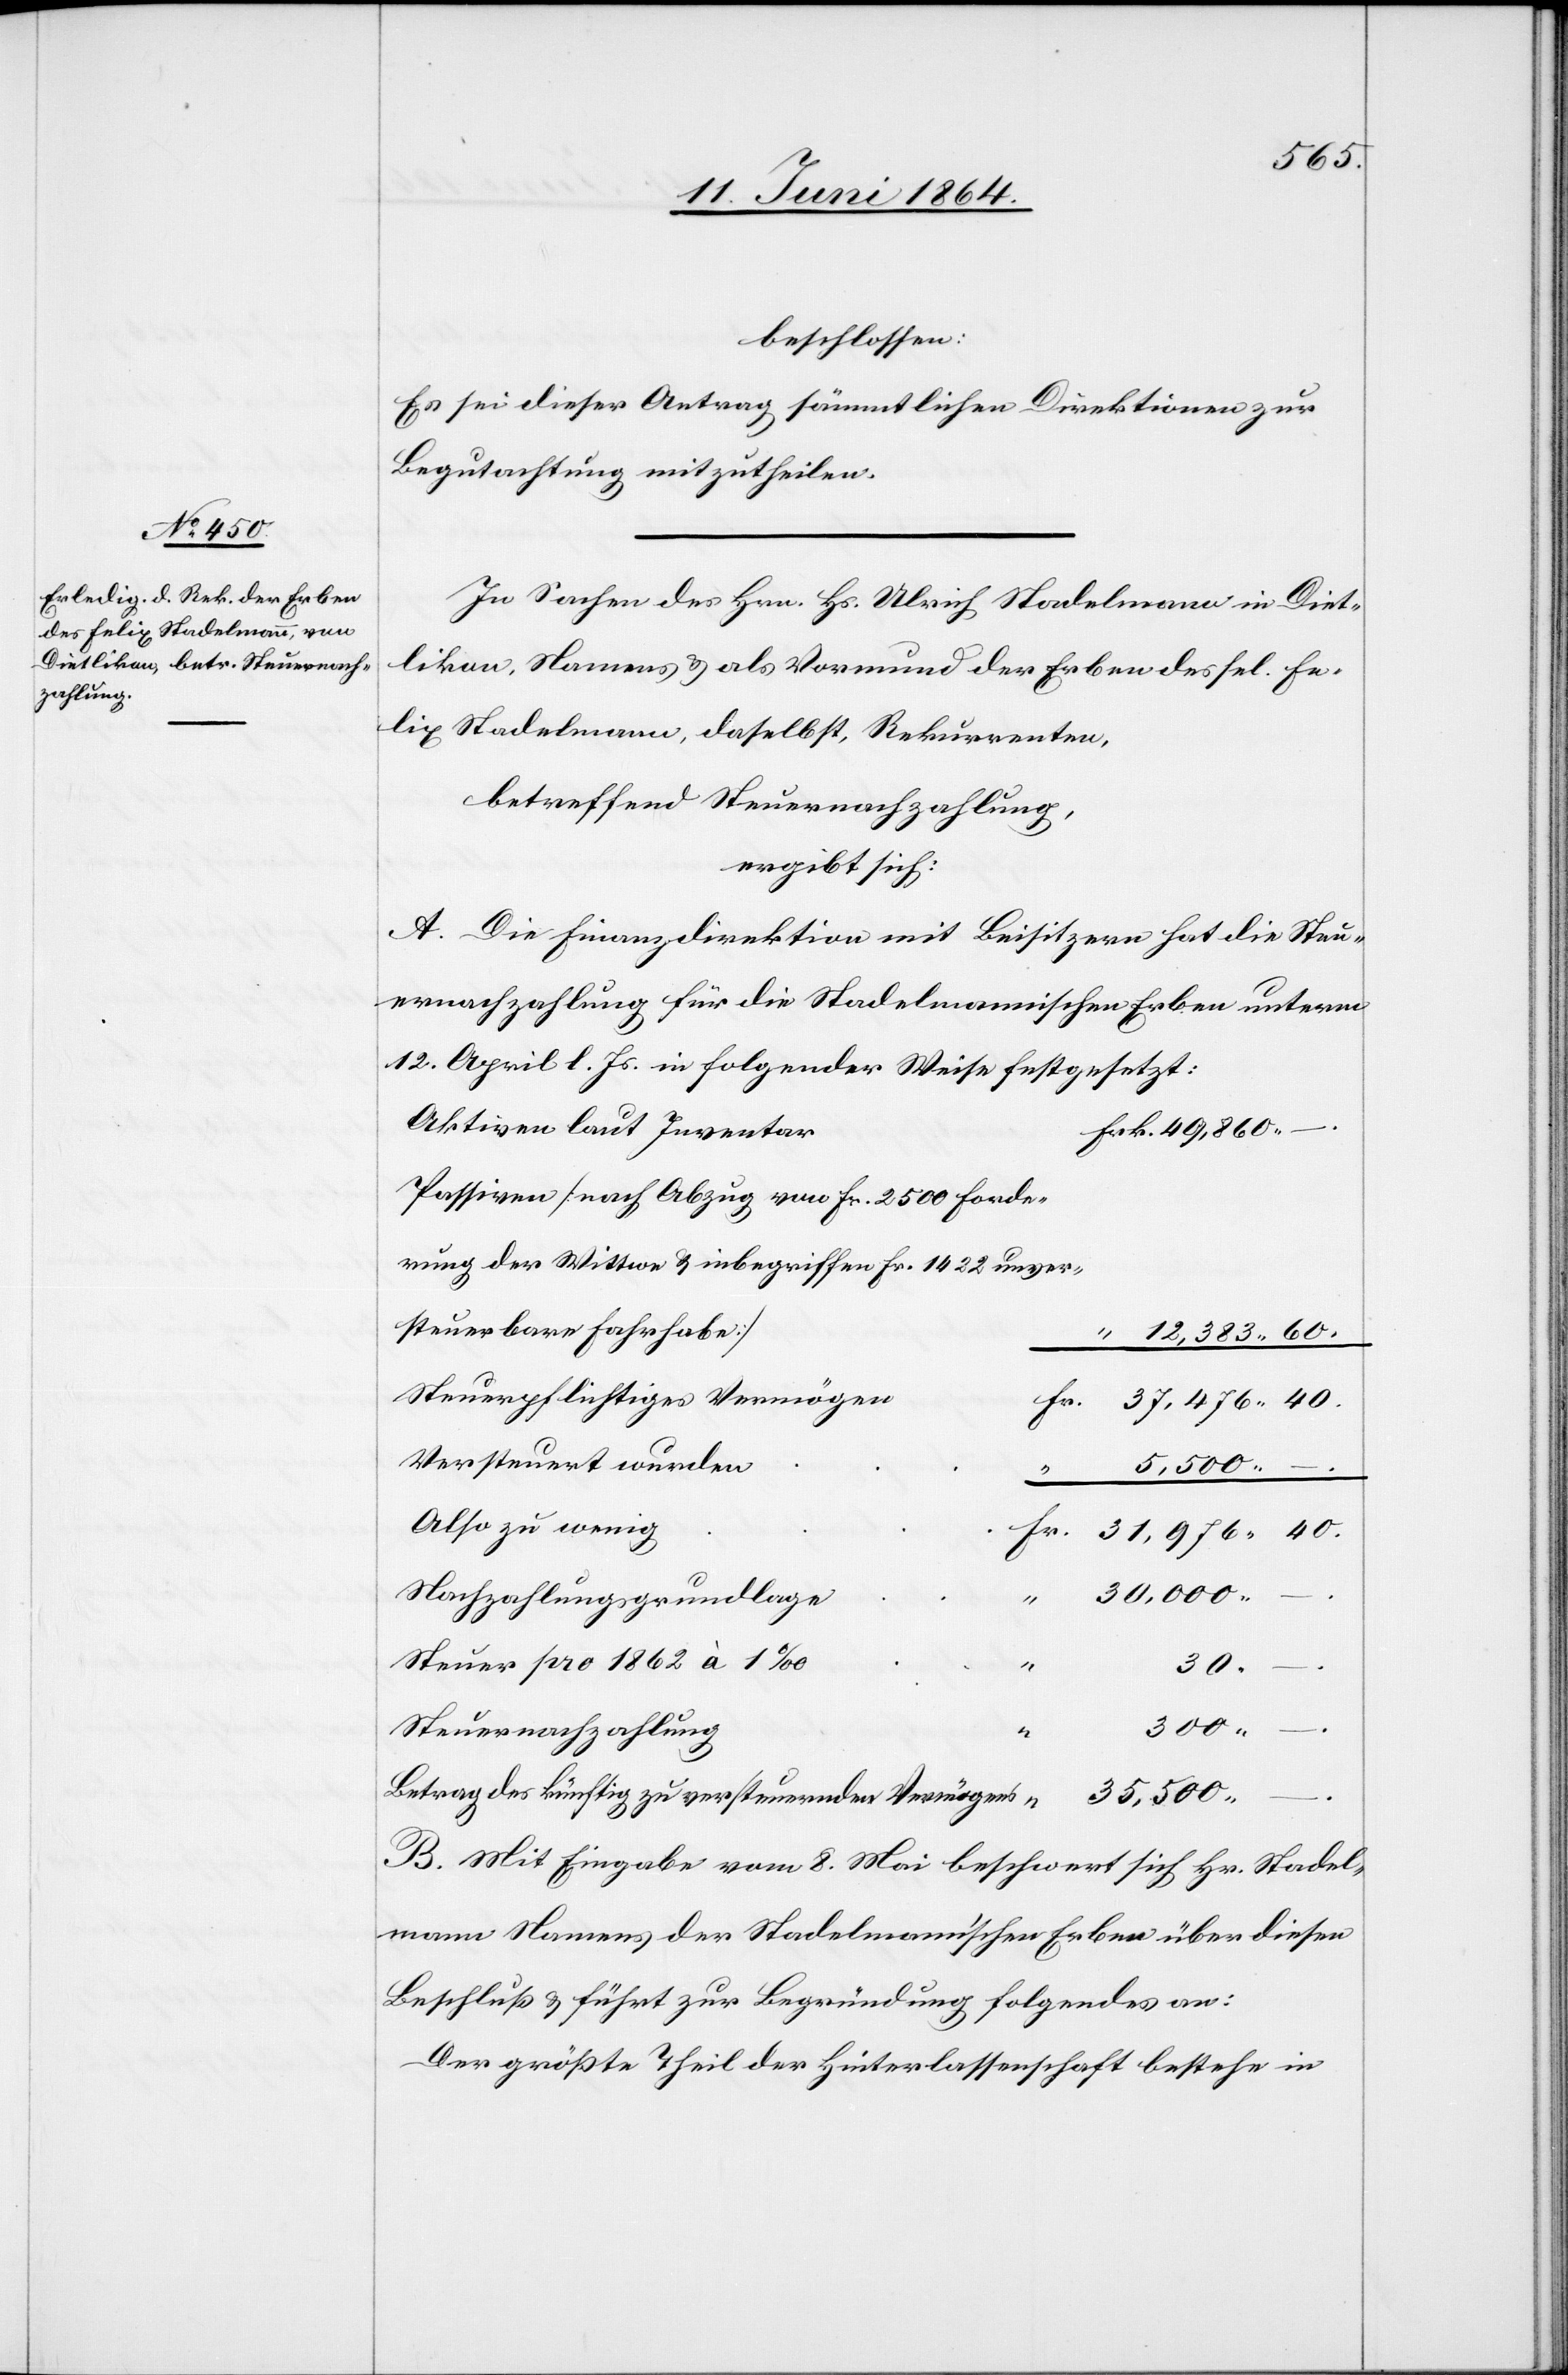
beschlossen:
Es sei dieser Antrag sämmtlichen Direktionen zur
Begutachtung mitzutheilen.
In Sachen des Hrn. Hs. Ulrich Stadelmann in Diet¬
likon, Namens u. als Vormund der Erben des sel. Fe¬
lix Stadelmann, daselbst, Rekurrenten,
betreffend Steuernachzahlung,
ergibt sich:
A. Die Finanzdirektion mit Beisitzern hat die Steu¬
ernachzahlung für die Stadelmannischen Erben unterm
12. April l. Js. in folgender Weise festgesetzt:
Aktiven laut Inventar
Passiven [nach Abzug von Fr. 2500 Forde¬
rung der Wittwe u. inbegriffen Fr. 1432 unver¬
steuerbare Fahrhabe]
“
Steuerpflichtiges Vermögen
Versteuert wurden
35,500
–.
Also zu wenig
30,000
Nachzahlungsgrundlage
–.
Steuer pro 1862 à 1‰
“
30.
300
Steuernachzahlung
Betrag des künftig zu versteuernden Vermögens
B. Mit Eingabe vom 8. Mai beschwert sich Hr. Stadel¬
mann Namens der Stadelmann’schen Erben über diesen
Beschluß und führt zur Begründung folgendes an:
Der größte Theil der Hinterlassenschaft bestehe in